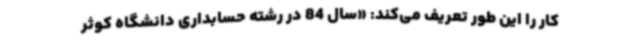
کار را این طور تعریف می‌کند: «سال 84 در رشته حسابداری دانشگاه کوثر